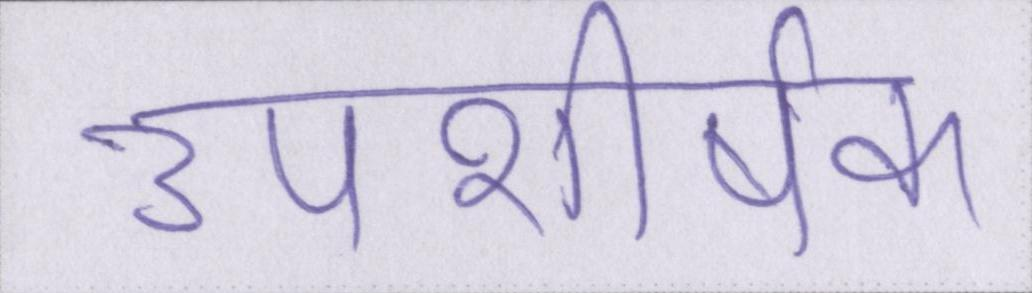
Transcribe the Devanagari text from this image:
उपशीर्षक